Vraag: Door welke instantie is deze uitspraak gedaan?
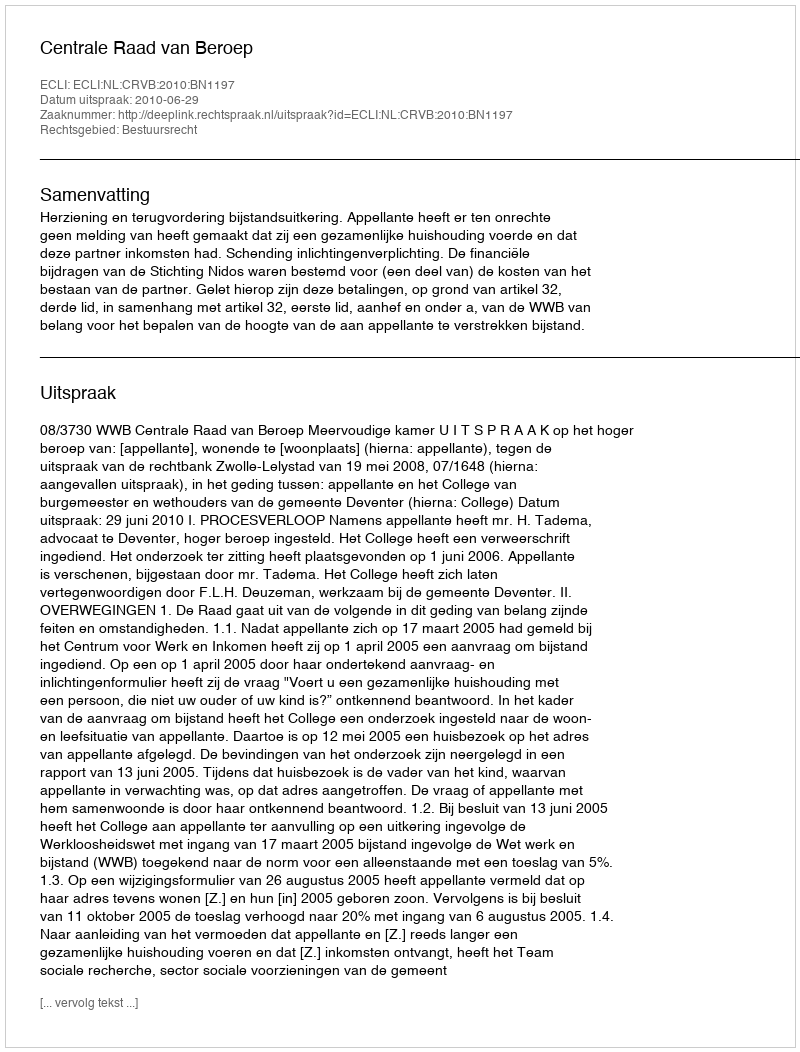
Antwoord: Centrale Raad van Beroep